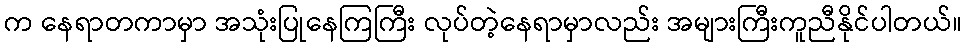
က နေရာတကာမှာ အသုံးပြုနေကြကြီး လုပ်တဲ့နေရာမှာလည်း အများကြီးကူညီနိုင်ပါတယ်။